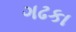
ગઢકા